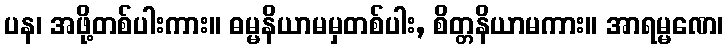
ပန၊ အဖို့တစ်ပါးကား။ ဓမ္မနိယာမမှတစ်ပါး, စိတ္တနိယာမကား။ အာရမ္မဏေ၊